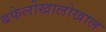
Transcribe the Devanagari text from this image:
बफेलोखालोखाल